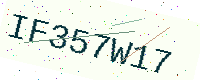
Text: IF357W17